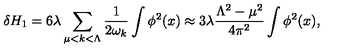
\delta H _ { 1 } = 6 \lambda \sum _ { \mu < k < \Lambda } { \frac { 1 } { 2 \omega _ { k } } } \int \phi ^ { 2 } ( x ) \approx 3 \lambda \frac { \Lambda ^ { 2 } - \mu ^ { 2 } } { 4 \pi ^ { 2 } } \int \phi ^ { 2 } ( x ) ,